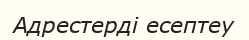
Адрестерді есептеу